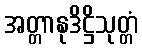
အတ္တာနုဒိဋ္ဌိသုတ္တံ